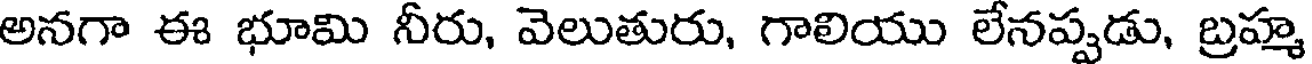
అనగా ఈ భూమి నీరు, వెలుతురు, గాలియు లేనప్పడు, బ్రహ్మ